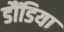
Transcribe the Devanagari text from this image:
डौंडिया